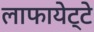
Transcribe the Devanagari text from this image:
लाफायेट्टे